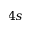
4 s